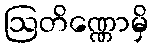
ဩတိဏ္ဏောမှိ